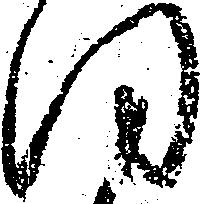
同